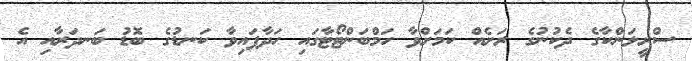
ސްރީލަންކާގެ ދެކުނުގެ ރަށެއް ކަމަށްވާ ހަމްބަންޓޯޓާގައި ހަދާފައިވާ ކަނޑުގެ ބޮޑު ބަނދަރާއި އެ